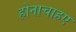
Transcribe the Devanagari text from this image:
होनाचाहए